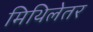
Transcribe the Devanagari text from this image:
मिथिलेतर